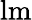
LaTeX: \mathrm{lm}